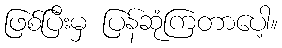
ဖြစ်ပြီးမှ ပြန်ဆုံကြတာပေါ့။